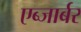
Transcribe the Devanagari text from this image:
एब्जार्बर